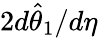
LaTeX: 2d\hat{\theta}_{1}/d\eta